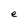
Character: e